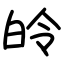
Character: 皊